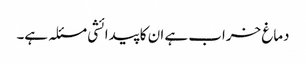
دماغ خراب ہے ان کا پیدائشی مسئلہ ہے۔